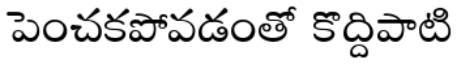
పెంచకపోవడంతో కొద్దిపాటి